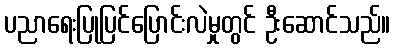
ပညာရေးပြုပြင်ပြောင်းလဲမှုတွင် ဦးဆောင်သည်။